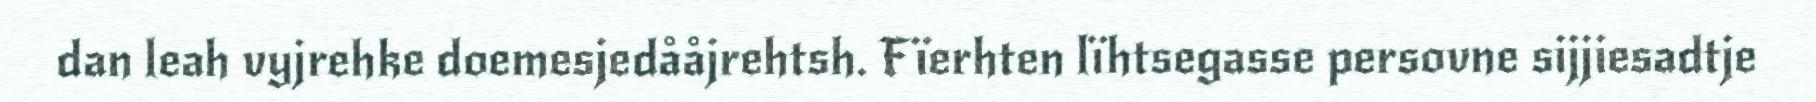
dan leah vyjrehke doemesjedååjrehtsh. Fïerhten lïhtsegasse persovne sijjiesadtje